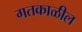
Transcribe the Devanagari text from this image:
गतकाळील